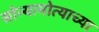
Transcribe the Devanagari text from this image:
सोन्यामोत्याच्या